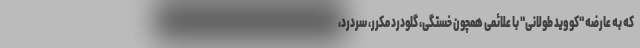
که به عارضه "کووید طولانی" با علائمی همچون خستگی، گلودرد مکرر، سردرد،